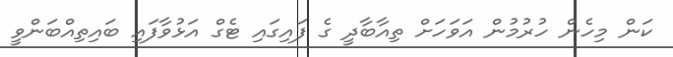
ކަން މިހެން ހުރުމުން އަވަހަށް ތިއާބާދީ ގެ ފައިގައި ޓެގް އަޅުވާފައި ބައިތިއްބަންވީ